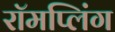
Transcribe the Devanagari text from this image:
रॉमप्लिंग